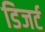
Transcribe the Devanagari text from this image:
डिजर्ट